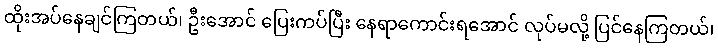
ထိုးအပ်နေချင်ကြတယ်၊ ဦးအောင် ပြေးကပ်ပြီး နေရာကောင်းရအောင် လုပ်မလို့ ပြင်နေကြတယ်၊